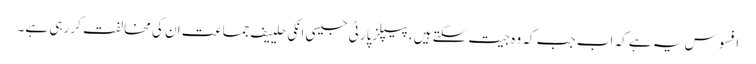
افسوس یہ ہے کہ اب جب کہ وہ جیت سکتے ہیں، پیپلزپارٹی جیسی انکی حلییف جماعت ان کی مخالفت کر رہی ہے۔